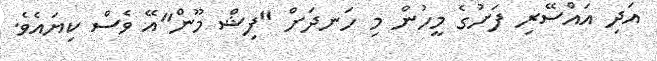
އަދި އައްސޭރި ފަށުގެ މީހުން މި ހަނދަށް "ފިޝް މޫން"އޭ ވެސް ކިޔައެވެ.